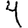
Digit: 4